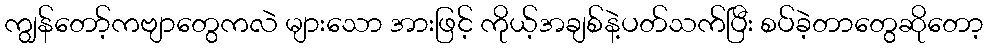
ကျွန်တော့်ကဗျာတွေကလဲ များသော အားဖြင့် ကိုယ့်အချစ်နဲ့ပတ်သက်ပြီး စပ်ခဲ့တာတွေဆိုတော့